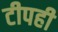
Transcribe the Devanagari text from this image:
टीपही